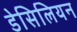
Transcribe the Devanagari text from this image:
डेसिलियन